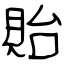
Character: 貽